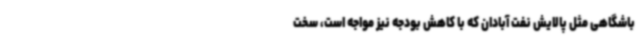
باشگاهی مثل پالایش نفت آبادان که با کاهش بودجه نیز مواجه است، سخت